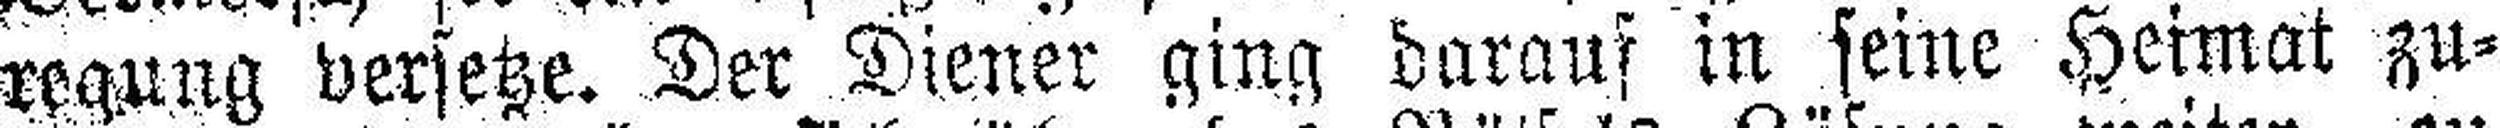
regung versetze. Der Diener ging darauf in seine Heimat zu¬